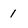
Character: 1